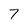
Character: 7